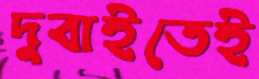
দুবাইতেই